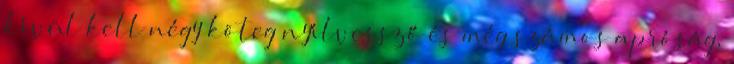
kívül kell négy köteg nyílvessző és még számos apróság,